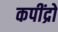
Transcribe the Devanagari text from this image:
कपींद्रो